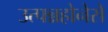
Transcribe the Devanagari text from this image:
उत्पन्नहोनेसे